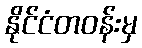
နိုင်ငံတဝန်းမှ